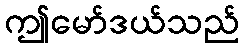
ဤမော်ဒယ်သည်